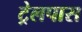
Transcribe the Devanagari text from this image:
ट्रेलपास